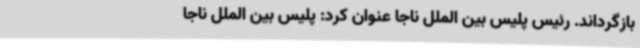
بازگرداند. رئیس پلیس بین الملل ناجا عنوان کرد: پلیس بین الملل ناجا